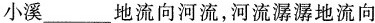
小溪___地流向河流，河流潺潺地流向